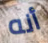
أنه